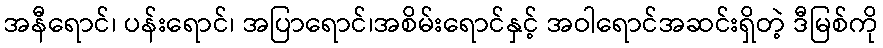
အနီရောင်၊ ပန်းရောင်၊ အပြာရောင်၊အစိမ်းရောင်နှင့် အဝါရောင်အဆင်းရှိတဲ့ ဒီမြစ်ကို